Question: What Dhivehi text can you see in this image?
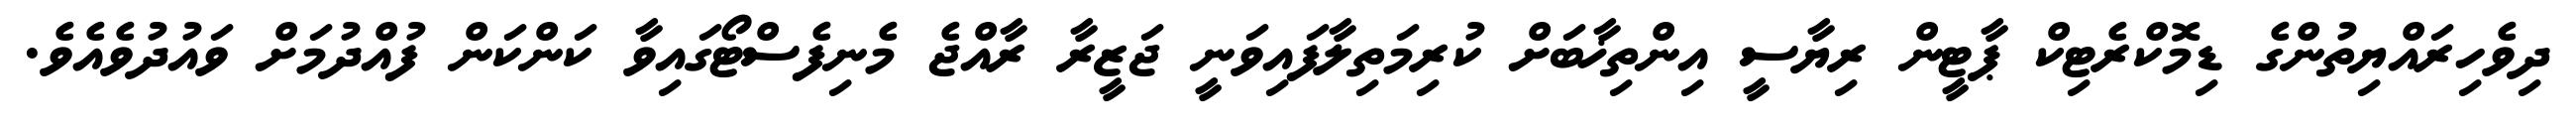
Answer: ދިވެހިރައްޔިތުންގެ ޑިމޮކްރެޓިކް ޕާޓީން ރިޔާސީ އިންތިޚާބަށް ކުރިމަތިލާފައިވަނީ ޖަޒީރާ ރާއްޖެ މެނިފެސްޓޯގައިވާ ކަންކަން ފުއްދުމަށް ވައުދުވެއެވެ.